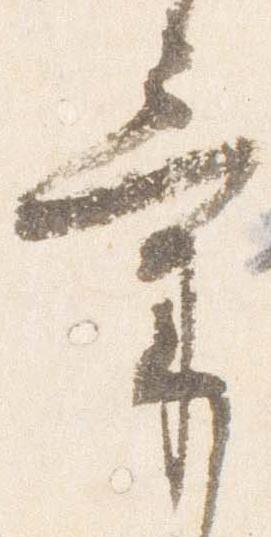
気